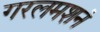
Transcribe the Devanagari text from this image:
गरलमशनं